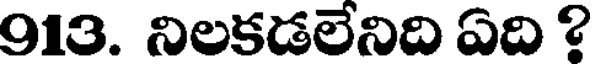
913. నిలకడలేనిది ఏది ?